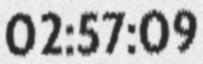
02:57:09